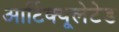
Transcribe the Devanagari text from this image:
आर्टिक्यूलेटेड